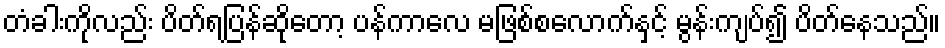
တံခါးကိုလည်း ပိတ်ရပြန်ဆိုတော့ ပန်ကာလေ မဖြစ်စလောက်နှင့် မွန်းကျပ်၍ ပိတ်နေသည်။